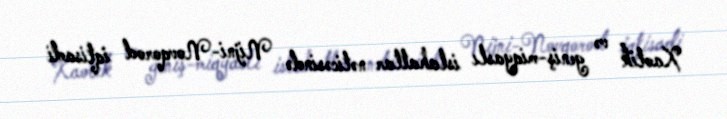
Xaotik və geniş-miqyaslı islahatlar nəticəsində Nijni-Novqorod iqtisadi